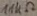
Text: 11KΩ